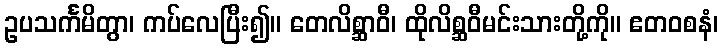
ဥပသင်္ကမိတွာ၊ ကပ်လေပြီး၍။ တေလိစ္ဆာဝီ၊ ထိုလိစ္ဆဝီမင်းသားတို့ကို။ ဧတဝစနံ၊